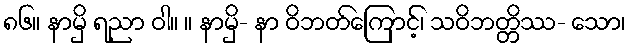
၈၆။ နာမှိ ရညာ ဝါ။ ။ နာမှိ- နာ ဝိဘတ်ကြောင့်၊ သဝိဘတ္တိဿ- သော၊